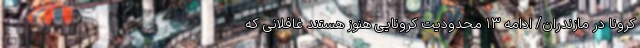
کرونا در مازندران/ ادامه ۱۳ محدودیت کرونایی هنوز هستند غافلانی که